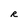
Character: R